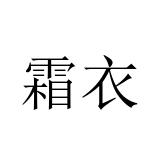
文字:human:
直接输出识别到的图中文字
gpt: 霜衣